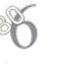
6